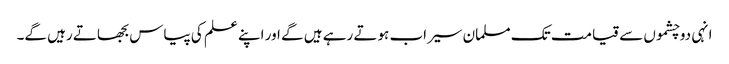
انہی دوچشموں سے قیامت تک مسلمان سیراب ہوتے رہے ہیں گے اور اپنے علم کی پیاس بجھاتے رہیں گے۔